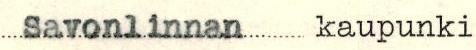
Savonlinnan kaupunki